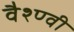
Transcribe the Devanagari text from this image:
वैश्ण्वी